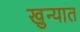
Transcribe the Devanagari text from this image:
खुन्यात